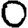
Digit: 0